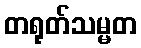
တရုတ်သမ္မတ